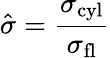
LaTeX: \hat{\sigma}={\frac{\sigma_{\mathrm{cyl}}}{\sigma_{\mathrm{fl}}}}